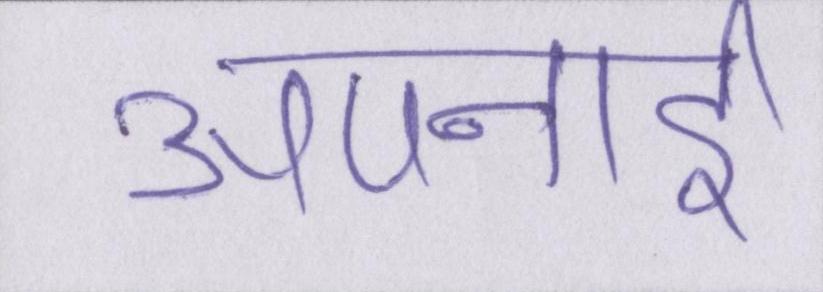
अपनाई